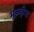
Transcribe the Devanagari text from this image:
मुक़द्दीमा